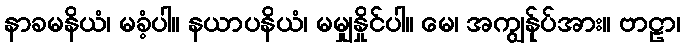
နာခမနိယံ၊ မခံ့ပါ။ နယာပနိယံ၊ မမျှနှိုင်ပါ။ မေ၊ အကျွန်ုပ်အား။ ဗာဠာ၊